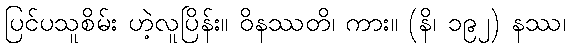
ပြင်ပသူစိမ်း ဟဲ့လူပြိန်း။ ဝိနဿတိ၊ ကား။ (နိ၊ ၁၉၂) နဿ၊